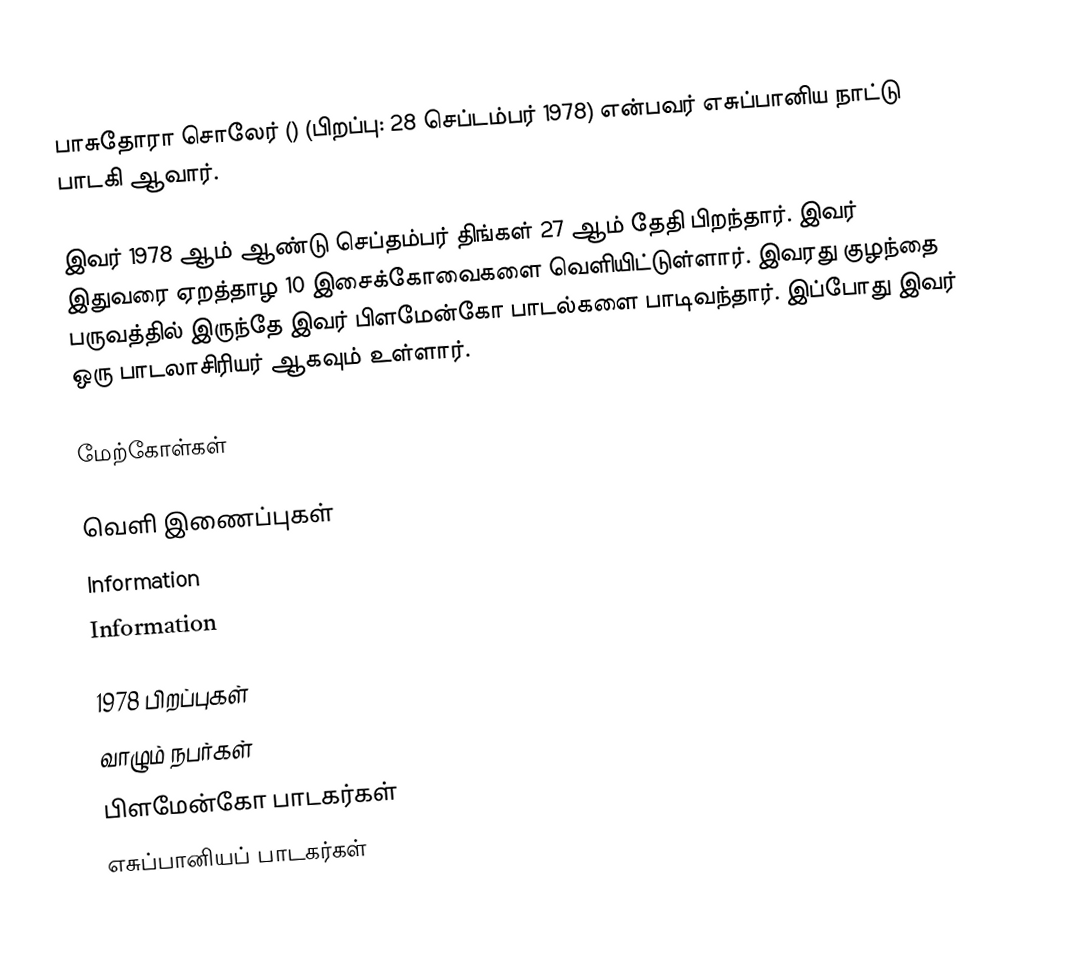
பாசுதோரா சொலேர் () (பிறப்பு: 28 செப்டம்பர் 1978) என்பவர் எசுப்பானிய நாட்டு பாடகி ஆவார்.

இவர் 1978 ஆம் ஆண்டு செப்தம்பர் திங்கள் 27 ஆம் தேதி பிறந்தார். இவர் இதுவரை ஏறத்தாழ 10 இசைக்கோவைகளை வெளியிட்டுள்ளார். இவரது குழந்தை பருவத்தில் இருந்தே இவர் பிளமேன்கோ பாடல்களை பாடிவந்தார். இப்போது இவர் ஒரு பாடலாசிரியர் ஆகவும் உள்ளார்.

மேற்கோள்கள்

வெளி இணைப்புகள்
Information
Information

1978 பிறப்புகள்
வாழும் நபர்கள்
பிளமேன்கோ பாடகர்கள்
எசுப்பானியப் பாடகர்கள்